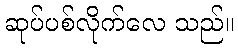
ဆုပ်ပစ်လိုက်လေ သည်။